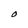
Character: O